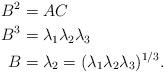
LaTeX: \begin{align*}B^2&=AC\\B^3&=\lambda_1\lambda_2\lambda_3\\B&=\lambda_2=(\lambda_1\lambda_2\lambda_3)^{1/3}.\end{align*}